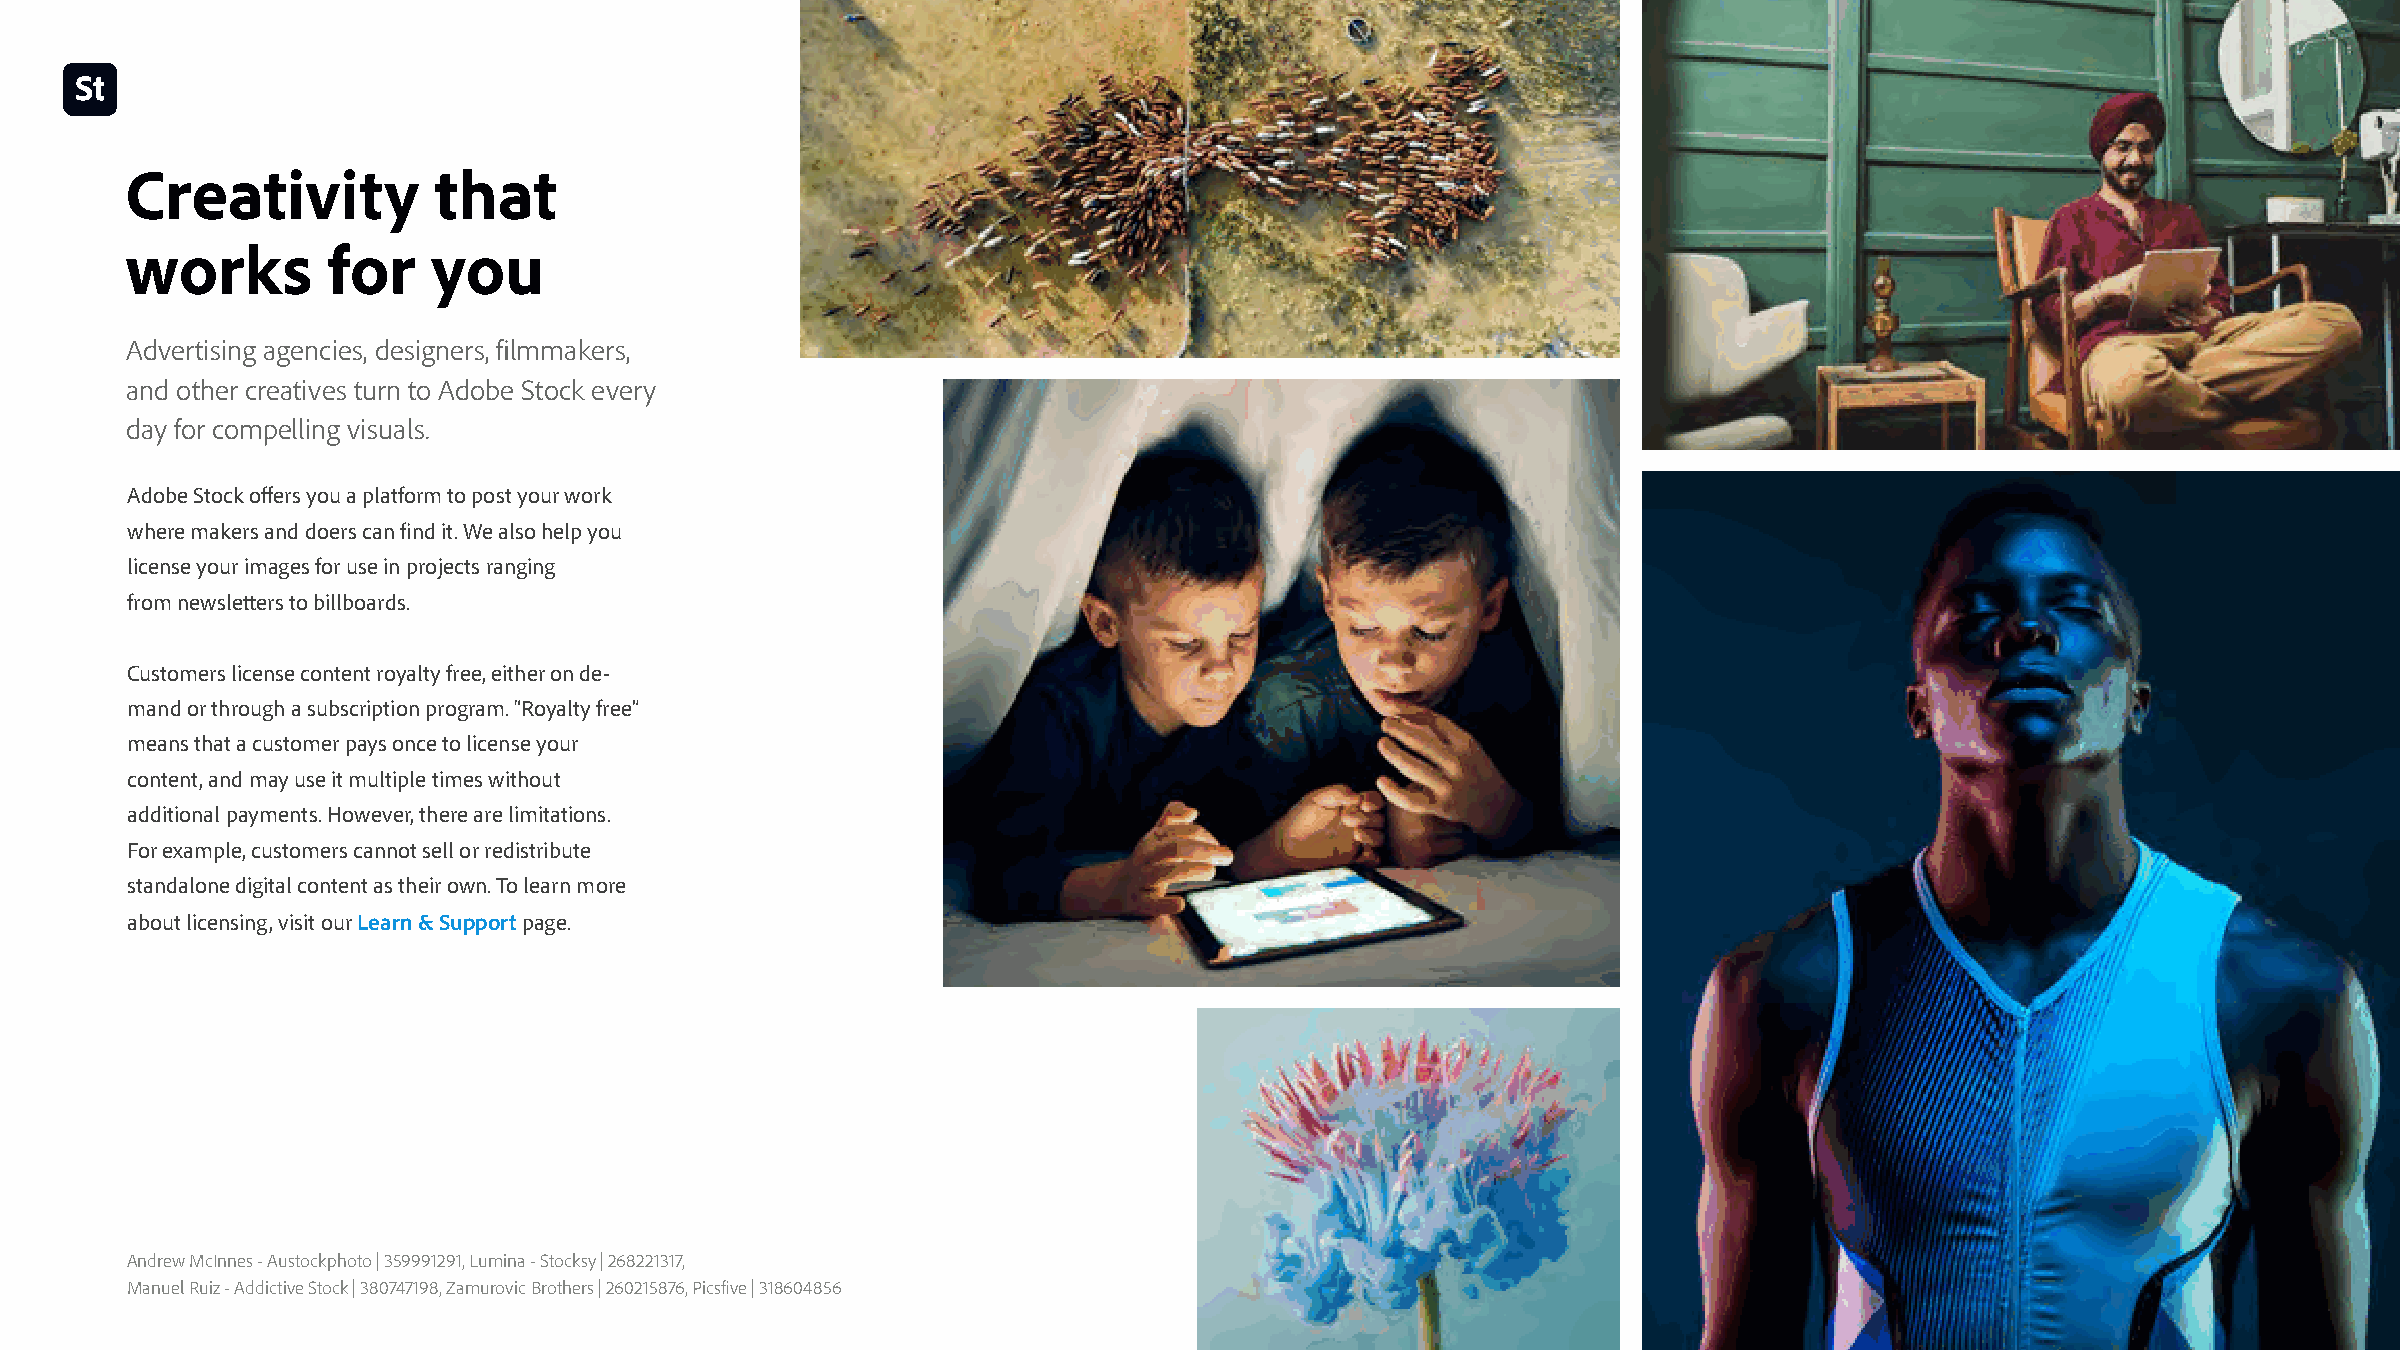
Creativity           that
 works         for    you
 Advertising agencies, designers, filmmakers,
 and other creatives turn to Adobe Stock every
 day for compelling visuals.
 Adobe Stock offers you a platform to post your work
 where makers and doers can find it. We also help you
 license your images for use in projects ranging
 from newsletters to billboards.
 Customers license content royalty free, either on de-
 mand or through a subscription program. “Royalty free”
 means that a customer pays once to license your
 content, and may use it multiple times without
 additional payments. However, there are limitations.
 For example, customers cannot sell or redistribute
 standalone digital content as their own. To learn more
 about licensing, visit our Learn & Support page.
 Andrew McInnes - Austockphoto | 359991291, Lumina - Stocksy | 268221317,
 Manuel Ruiz - Addictive Stock | 380747198, Zamurovic Brothers | 260215876, Picsfive | 318604856